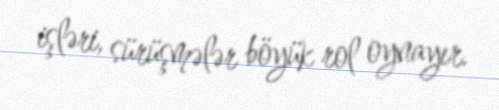
işləri, sürüşmələr böyük rol oynayır.